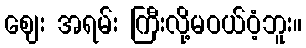
ဈေး အရမ်း ကြီးလို့မဝယ်ဝံ့ဘူး။